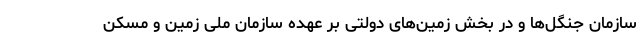
سازمان جنگل‌ها و در بخش زمین‌های دولتی بر عهده سازمان ملی زمین و مسکن